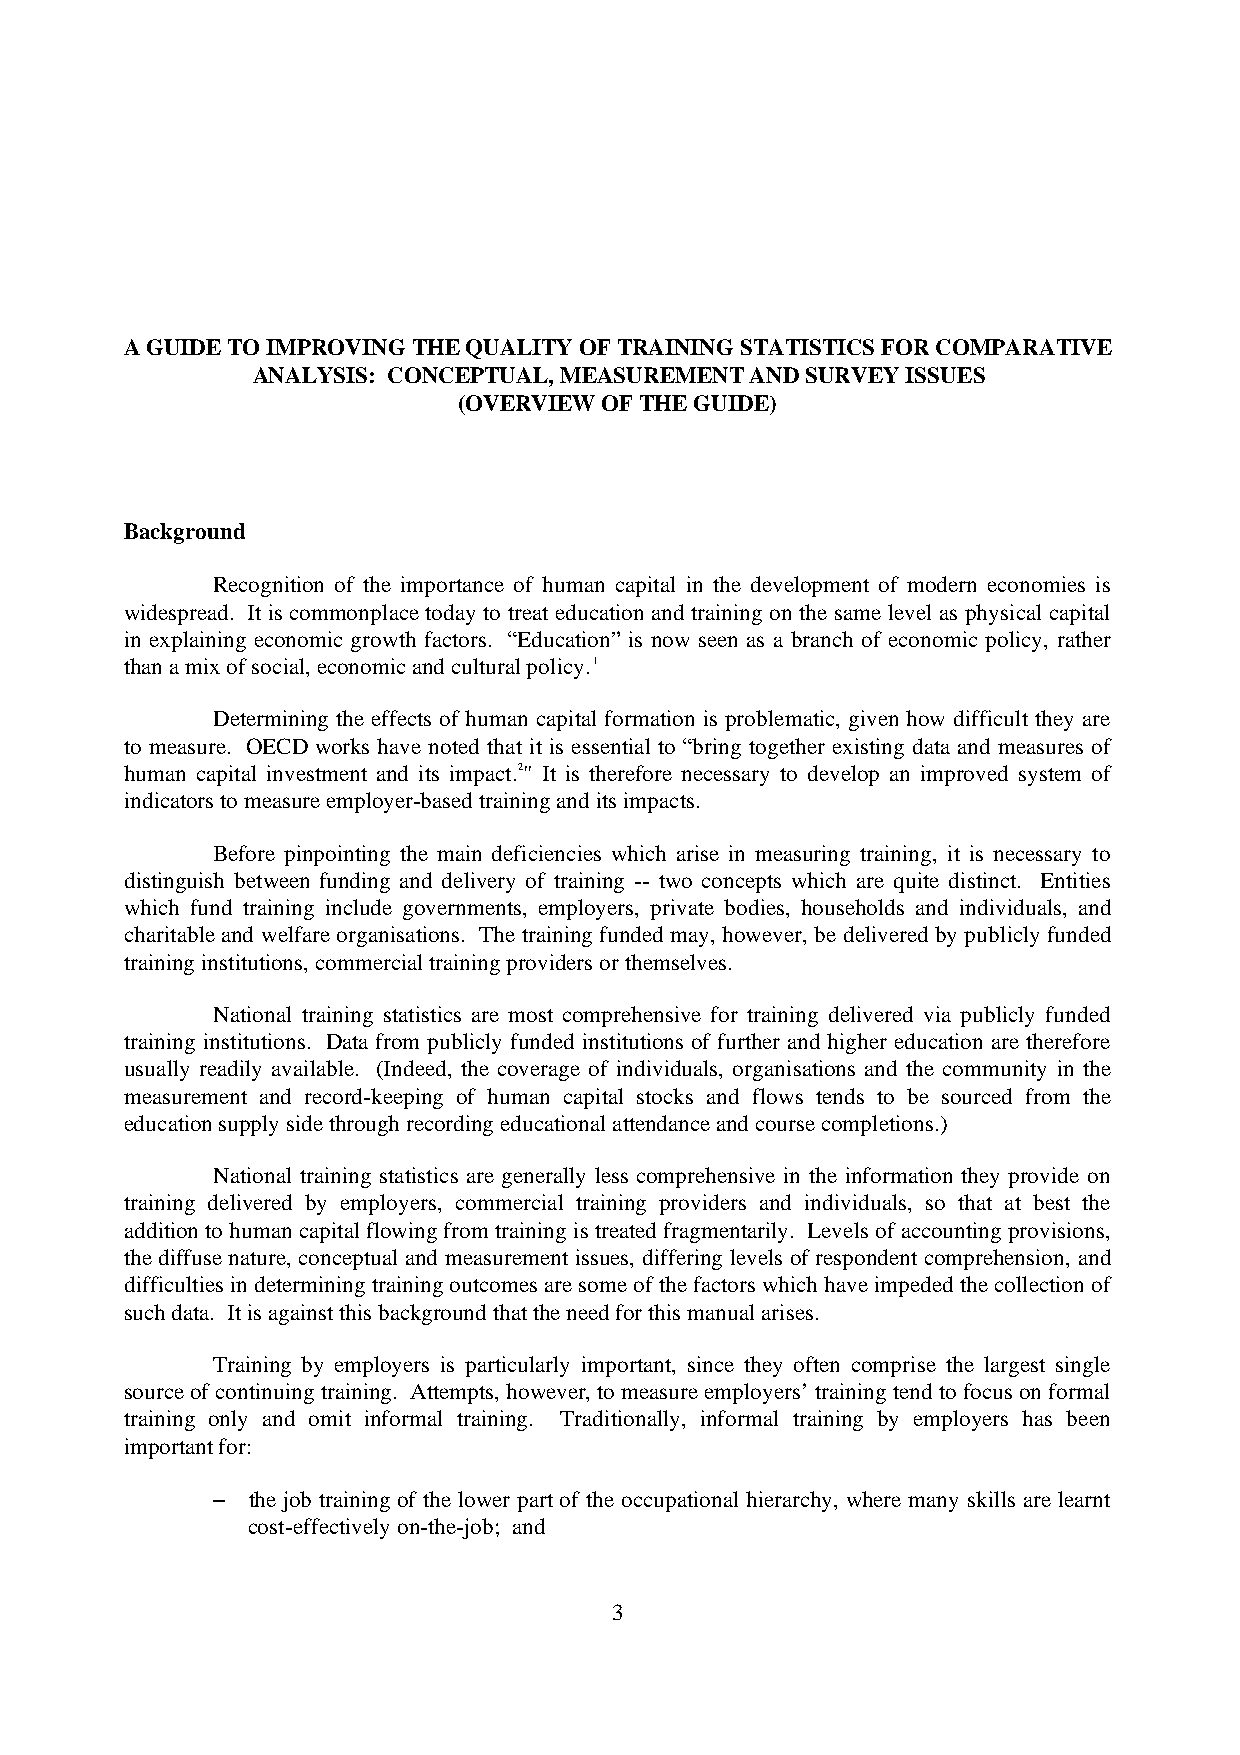
A GUIDE TO IMPROVING THE QUALITY OF TRAINING STATISTICS FOR COMPARATIVE
 ANALYSIS: CONCEPTUAL, MEASUREMENT AND SURVEY ISSUES
 (OVERVIEW OF THE GUIDE)
 Background
 Recognition of the importance of human capital in the development of modern economies is
 widespread. It is commonplace today to treat education and training on the same level as physical capital
 in explaining economic growth factors. “Education” is now seen as a branch of economic policy, rather
 than a mix of social, economic and cultural policy.1
 Determining the effects of human capital formation is problematic, given how difficult they are
 to measure. OECD works have noted that it is essential to “bring together existing data and measures of
 human capital investment and its impact.2" It is therefore necessary to develop an improved system of
 indicators to measure employer-based training and its impacts.
 Before pinpointing the main deficiencies which arise in measuring training, it is necessary to
 distinguish between funding and delivery of training -- two concepts which are quite distinct. Entities
 which fund training include governments, employers, private bodies, households and individuals, and
 charitable and welfare organisations. The training funded may, however, be delivered by publicly funded
 training institutions, commercial training providers or themselves.
 National training statistics are most comprehensive for training delivered via publicly funded
 training institutions. Data from publicly funded institutions of further and higher education are therefore
 usually readily available. (Indeed, the coverage of individuals, organisations and the community in the
 measurement and record-keeping of human capital stocks and flows tends to be sourced from the
 education supply side through recording educational attendance and course completions.)
 National training statistics are generally less comprehensive in the information they provide on
 training delivered by employers, commercial training providers and individuals, so that at best the
 addition to human capital flowing from training is treated fragmentarily. Levels of accounting provisions,
 the diffuse nature, conceptual and measurement issues, differing levels of respondent comprehension, and
 difficulties in determining training outcomes are some of the factors which have impeded the collection of
 such data. It is against this background that the need for this manual arises.
 Training by employers is particularly important, since they often comprise the largest single
 source of continuing training. Attempts, however, to measure employers’ training tend to focus on formal
 training only and omit informal training. Traditionally, informal training by employers has been
 important for:
 - the job training of the lower part of the occupational hierarchy, where many skills are learnt
 cost-effectively on-the-job; and
 3